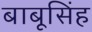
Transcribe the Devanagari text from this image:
बाबूसिंह